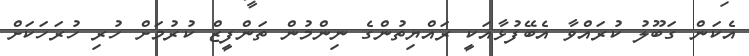
އެކަން ގަބޫލު ކުރައްވާ އެބޭފުޅާއަކީ ރައްޔިތުންގެ ނިންމުން ތަންފީޒް ކުރުމަށް ހުރި ހުރަހަކަށް